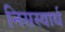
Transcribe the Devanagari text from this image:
निसस्वार्थ